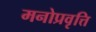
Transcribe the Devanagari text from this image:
मनोप्रवृत्ति